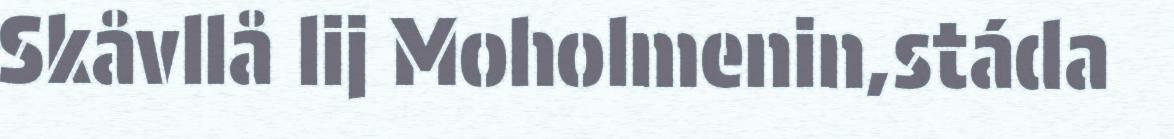
Skåvllå lij Moholmenin,stáda